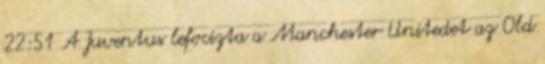
22:51 A Juventus lefocizta a Manchester Unitedet az Old